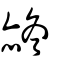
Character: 𧹝